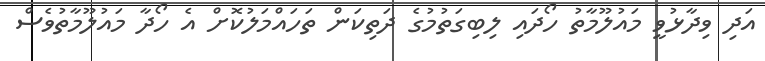
އަދި ވިދާޅުވީ މައުލޫމާތު ހޯދައި ލިބިގަތުމުގެ ދަތިކަން ތަހައްމަލުކޮށް އެ ހޯދާ މައުލޫމާތުވެސް